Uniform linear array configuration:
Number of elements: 64
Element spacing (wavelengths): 0.25
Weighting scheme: hann
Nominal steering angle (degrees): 30
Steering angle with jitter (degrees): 28.003
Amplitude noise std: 0.05
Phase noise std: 0.05

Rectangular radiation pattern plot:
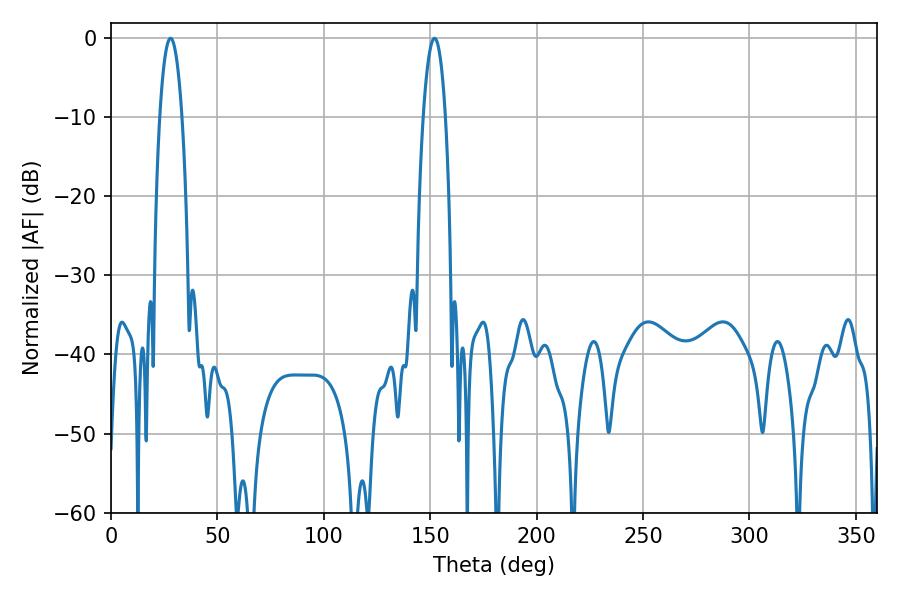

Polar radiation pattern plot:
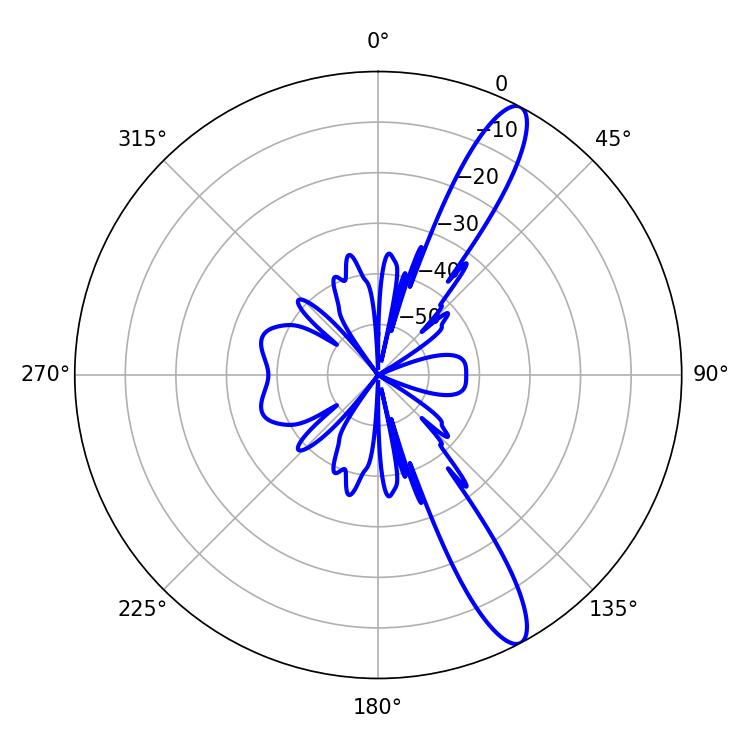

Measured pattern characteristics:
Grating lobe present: FALSE
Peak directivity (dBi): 12.922
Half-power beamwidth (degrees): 5.76
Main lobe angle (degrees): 27.9